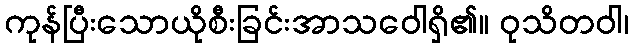
ကုန်ပြီးသောယိုစီးခြင်းအာသဝေါရှိ၏။ ဝုသိတဝါ၊